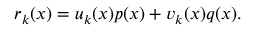
r _ { k } ( x ) = u _ { k } ( x ) p ( x ) + v _ { k } ( x ) q ( x ) .